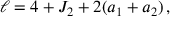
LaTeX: \ell = 4 + J _ { 2 } + 2 ( a _ { 1 } + a _ { 2 } ) \, ,